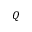
Q